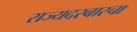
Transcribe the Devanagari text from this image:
राज्यदरबारचा